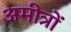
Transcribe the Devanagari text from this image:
अमीत्रों